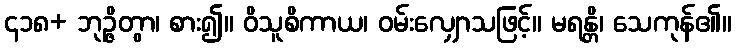
၄၁၈+ ဘုဉ္ဇိတွာ၊ စား၍။ ဝိသူစိကာယ၊ ဝမ်းလျှောသဖြင့်။ မရန္တိ၊ သေကုန်၏။